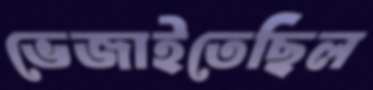
ভেজাইতেছিল